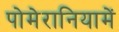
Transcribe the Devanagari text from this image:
पोमेरानियामें